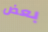
بعض